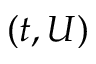
( t , U )